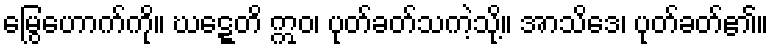
မြွေဟောက်ကို။ ဃဋ္ဋေတိ ဣဝ၊ ပုတ်ခတ်သကဲ့သို့။ အာသိဒေ၊ ပုတ်ခတ်၏။